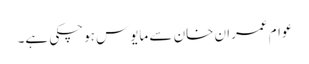
عوام عمران خان سے مایوس ہوچکی ہے۔